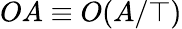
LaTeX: OA\equiv O(A/\top)